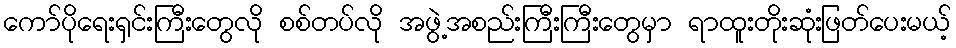
ကော်ပိုရေးရှင်းကြီးတွေလို စစ်တပ်လို အဖွဲ့အစည်းကြီးကြီးတွေမှာ ရာထူးတိုးဆုံးဖြတ်ပေးမယ့်